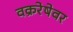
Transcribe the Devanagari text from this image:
वक्ररेषेवर